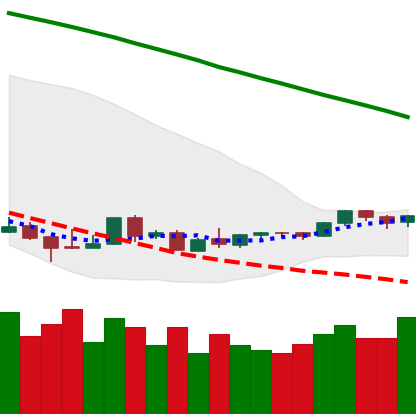
Ticker: LTC-USD
Chart end date: 2018-08-31
Forward return: -5.632%
Label: down_5_7